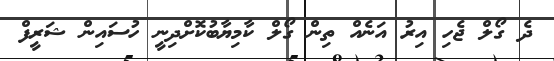
ދެ ގޯލް ޖެހި އިރު އަނެއް ތިން ގޯލް ކާމިޔާބުކޮށްދިނީ ހުސައިން ޝަރީފް